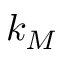
k _ { M }